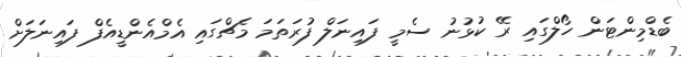
ބެޑްމިންޓަން ހޯލްގައި ރޭ ކުޅުނު ސެމީ ފައިނަލް ފުރަތަމަ މެޗްގައި އެމްއެންޑީއެފް ފައިނަލަށް